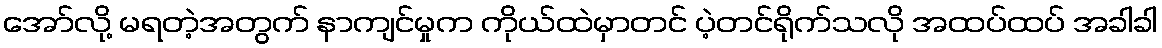
အော်လို့ မရတဲ့အတွက် နာကျင်မှုက ကိုယ်ထဲမှာတင် ပဲ့တင်ရိုက်သလို အထပ်ထပ် အခါခါ